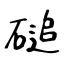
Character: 磓